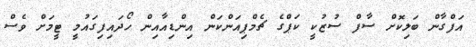
އަފްގާން ބަލިކޮށް ސާފް ސުޒުކީ ކަޕްގެ ޗެމްޕިއަންކަން އިންޑިއާއިން ހޯދައިފިގައުމީ ޓީމަށް ވެސް